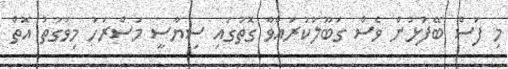
މި ފަސް ބޭފުޅުން ވެސް ގަބޫލުކުރައްވާ ގޮތުގައި ސިޔާސީ މަސްރަހު މިވަގުތު އޮތް